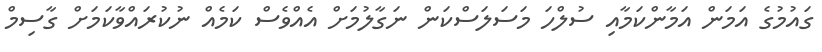
ގައުމުގެ އަމަން އަމާންކަމާއި ސުލްހަ މަސަލަސްކަން ނަގާލުމަށް އެއްވެސް ކަމެއް ނުކުރައްވާކަމަށް ގާސިމް